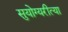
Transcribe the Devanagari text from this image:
सुयोग्यरीत्या